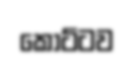
කොට්ටව